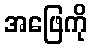
အဖြေကို